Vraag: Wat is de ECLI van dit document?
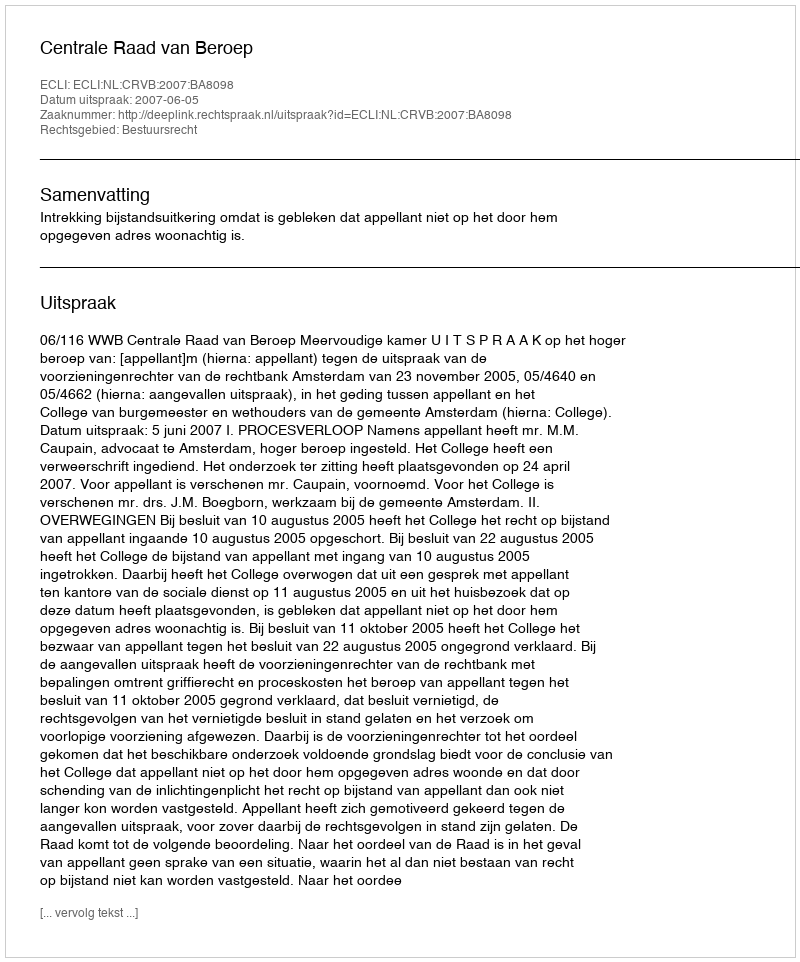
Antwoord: ECLI:NL:CRVB:2007:BA8098